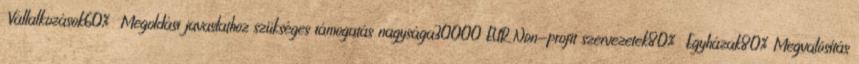
▪Vállalkozások60% ▪Megoldási javaslathoz szükséges támogatás nagysága30000 EUR▪Non-profit szervezetek80% ▪Egyházak80%▪Megvalósítás